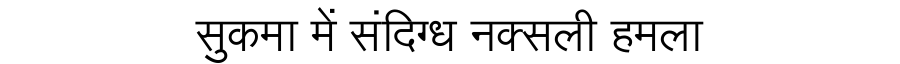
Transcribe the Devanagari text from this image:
सुकमा में संदिग्ध नक्सली हमला